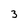
Character: 3